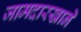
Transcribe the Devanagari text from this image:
जामदारखाने